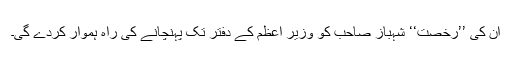
ان کی ’’رخصت‘‘ شہباز صاحب کو وزیر اعظم کے دفتر تک پہنچانے کی راہ ہموار کردے گی۔